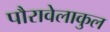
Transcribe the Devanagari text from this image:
पौरावेलाकुल